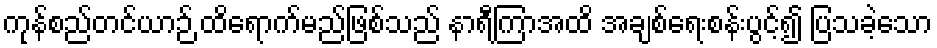
ကုန်စည်တင်ယာဉ် ထိရောက်မည်ဖြစ်သည် နာရီကြာအထိ အချစ်ရေးစန်းပွင့်၍ ပြသခဲ့သော